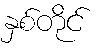
နှစ်တိုင်